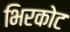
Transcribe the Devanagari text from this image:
भिरकोट